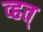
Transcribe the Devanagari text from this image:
व्हत्